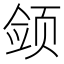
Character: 𱂫